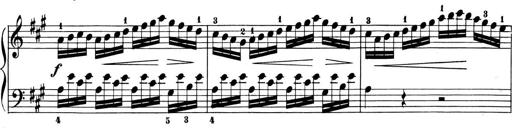
Title: 6 Piano Sonatinas
Composer: Cornelius Gurlitt